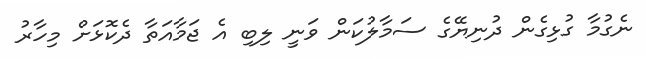
ނެގުމާ ގުޅިގެން ދުނިޔޭގެ ސަމާލުކަން ވަނީ ލިބި އެ ޖަމާއަތާ ދެކޮޅަށް މިހާރު